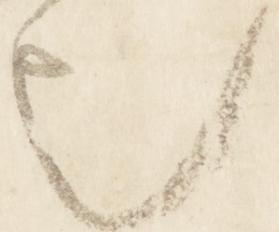
也